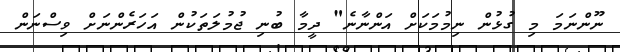
ނޫންނަމަ މި ގުޅުން ނިމުމަކަށް އަންނާނެ" ދީމާ ބުނި ޖުމުލަތަކުން އަހަރެންނަށް ވިސްނަން